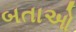
બતાઓ